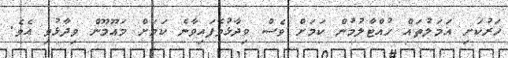
ހަރުކަށި އަމަލުތައް ހުއްޓާލުމުން ކަމަށް ވެސް ވިދާޅުވެފައިވާނެ ކަމަށް މައޫމޫން ވިދާޅުވި އެވެ.